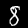
Digit: 8